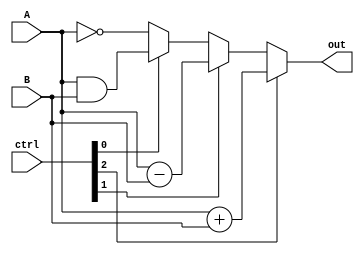
module ALU (
    input wire A,
    input wire B,
    input wire [2:0] ctrl,
    output wire out
);

assign out = (ctrl[2] == 1) ? (A + B) :
            (ctrl[1] == 1) ? (A - B) :
            (ctrl[0] == 1) ? (A & B) :
            (ctrl[0] == 2) ? (A | B) :
            (!A);

endmodule